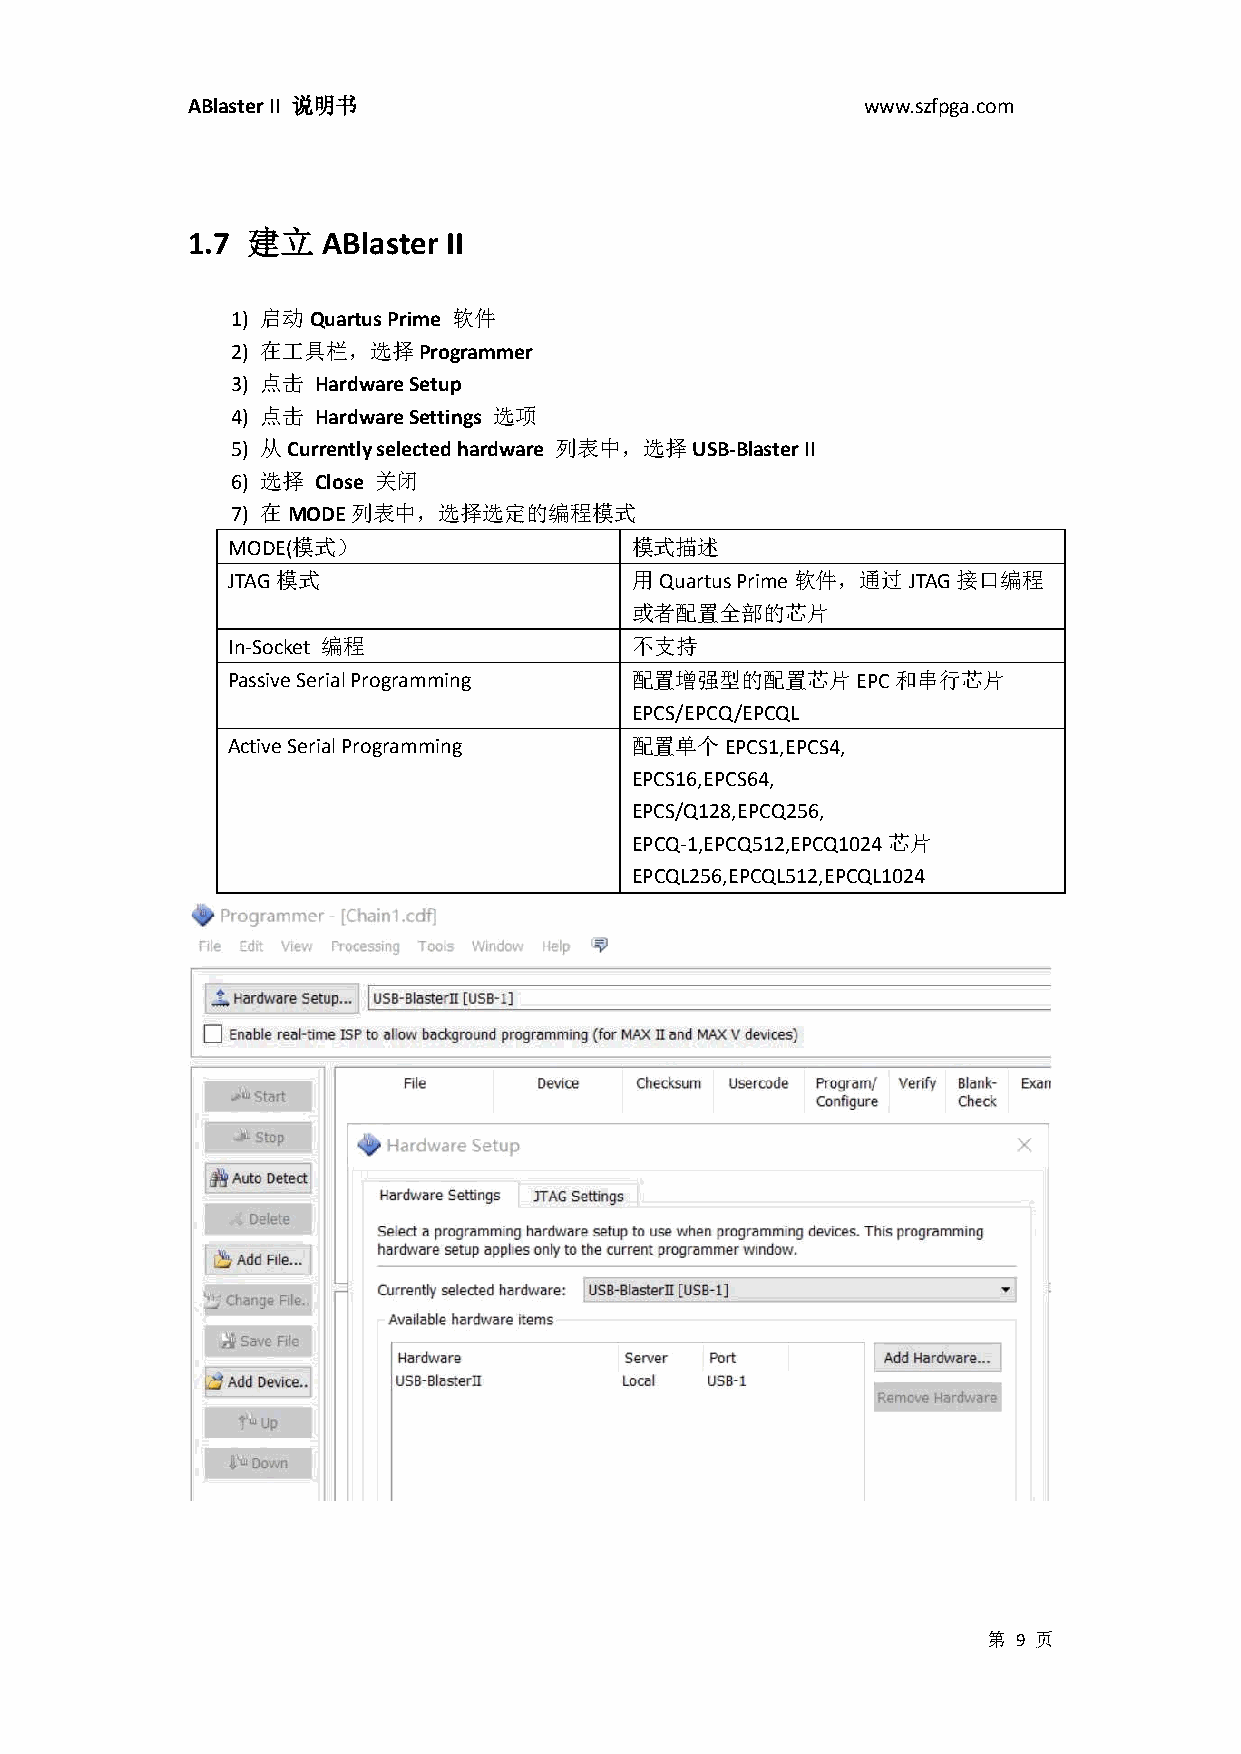
ABlaster II 说明书                              www.szfpga.com
 1.7 建立   ABlaster II
 1) 启动Quartus Prime 软件
 2) 在工具栏，选择Programmer
 3) 点击 Hardware Setup
 4) 点击 Hardware Settings 选项
 5) 从Currently selected hardware 列表中，选择USB-Blaster II
 6) 选择 Close 关闭
 7) 在MODE列表中，选择选定的编程模式
 MODE(模式）                   模式描述
 JTAG模式                     用Quartus Prime软件，通过JTAG接口编程
 或者配置全部的芯片
 In-Socket 编程               不支持
 Passive Serial Programming 配置增强型的配置芯片EPC和串行芯片
 EPCS/EPCQ/EPCQL
 Active Serial Programming  配置单个EPCS1,EPCS4,
 EPCS16,EPCS64,
 EPCS/Q128,EPCQ256,
 EPCQ-1,EPCQ512,EPCQ1024芯片
 EPCQL256,EPCQL512,EPCQL1024
 第 9 页